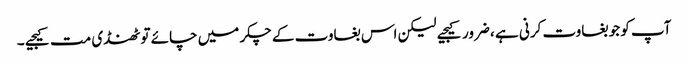
آپ کو جو بغاوت کرنی ہے ، ضرور کیجیے لیکن اس بغاوت کے چکر میں چائے تو ٹھنڈی مت کیجیے ۔